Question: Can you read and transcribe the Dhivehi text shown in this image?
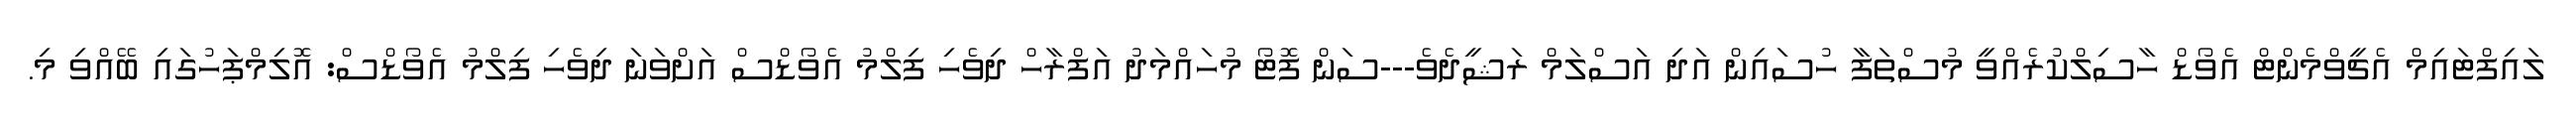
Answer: ލައިފްޓައިމް އެޗީވްމެންޓް އެވޯޑް ހާސިލްކުރެއްވީ މުސްތަފާ ހުސައިން އަދި އަސްލަމް ރަޝީދެވެ---ސަން ފޮޓޯ މުހައްމަދު އަފްރާހް ދިވެހި ފިލްމު އެވޯޑްސް އަށްވަނަ ދިވެހި ފިލްމު އެވޯޑްސް: އޮލިމްޕަހުގައި ބޭއްވި މި.